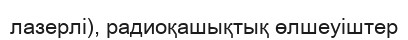
лазерлі), радиоқашықтық өлшеуіштер